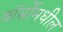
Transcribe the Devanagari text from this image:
वॉर्सोमधील